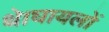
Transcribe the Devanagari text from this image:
थे।घायलों